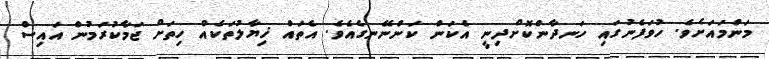
މަންމައަށެވެ. ހުވަފެނުގައި ހަނދާންކޮށްދިނީ އެކަން ކަންނޭނގެއެވެ. އެތައް ޚިޔާލުތަކެއް ހިތަށް ޖަމާކުރަމުން އައިސް